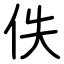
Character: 佚